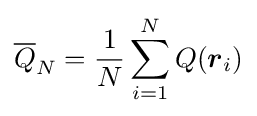
{\overline {Q}}_{N}={\frac {1}{N}}\sum _{i=1}^{N}Q({\boldsymbol {r}}_{i})